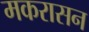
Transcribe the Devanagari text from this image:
मकरासन